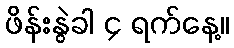
ဖိန်းနွဲခါ ၄ ရက်နေ့။